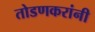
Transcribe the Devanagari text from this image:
तोडणकरांनी